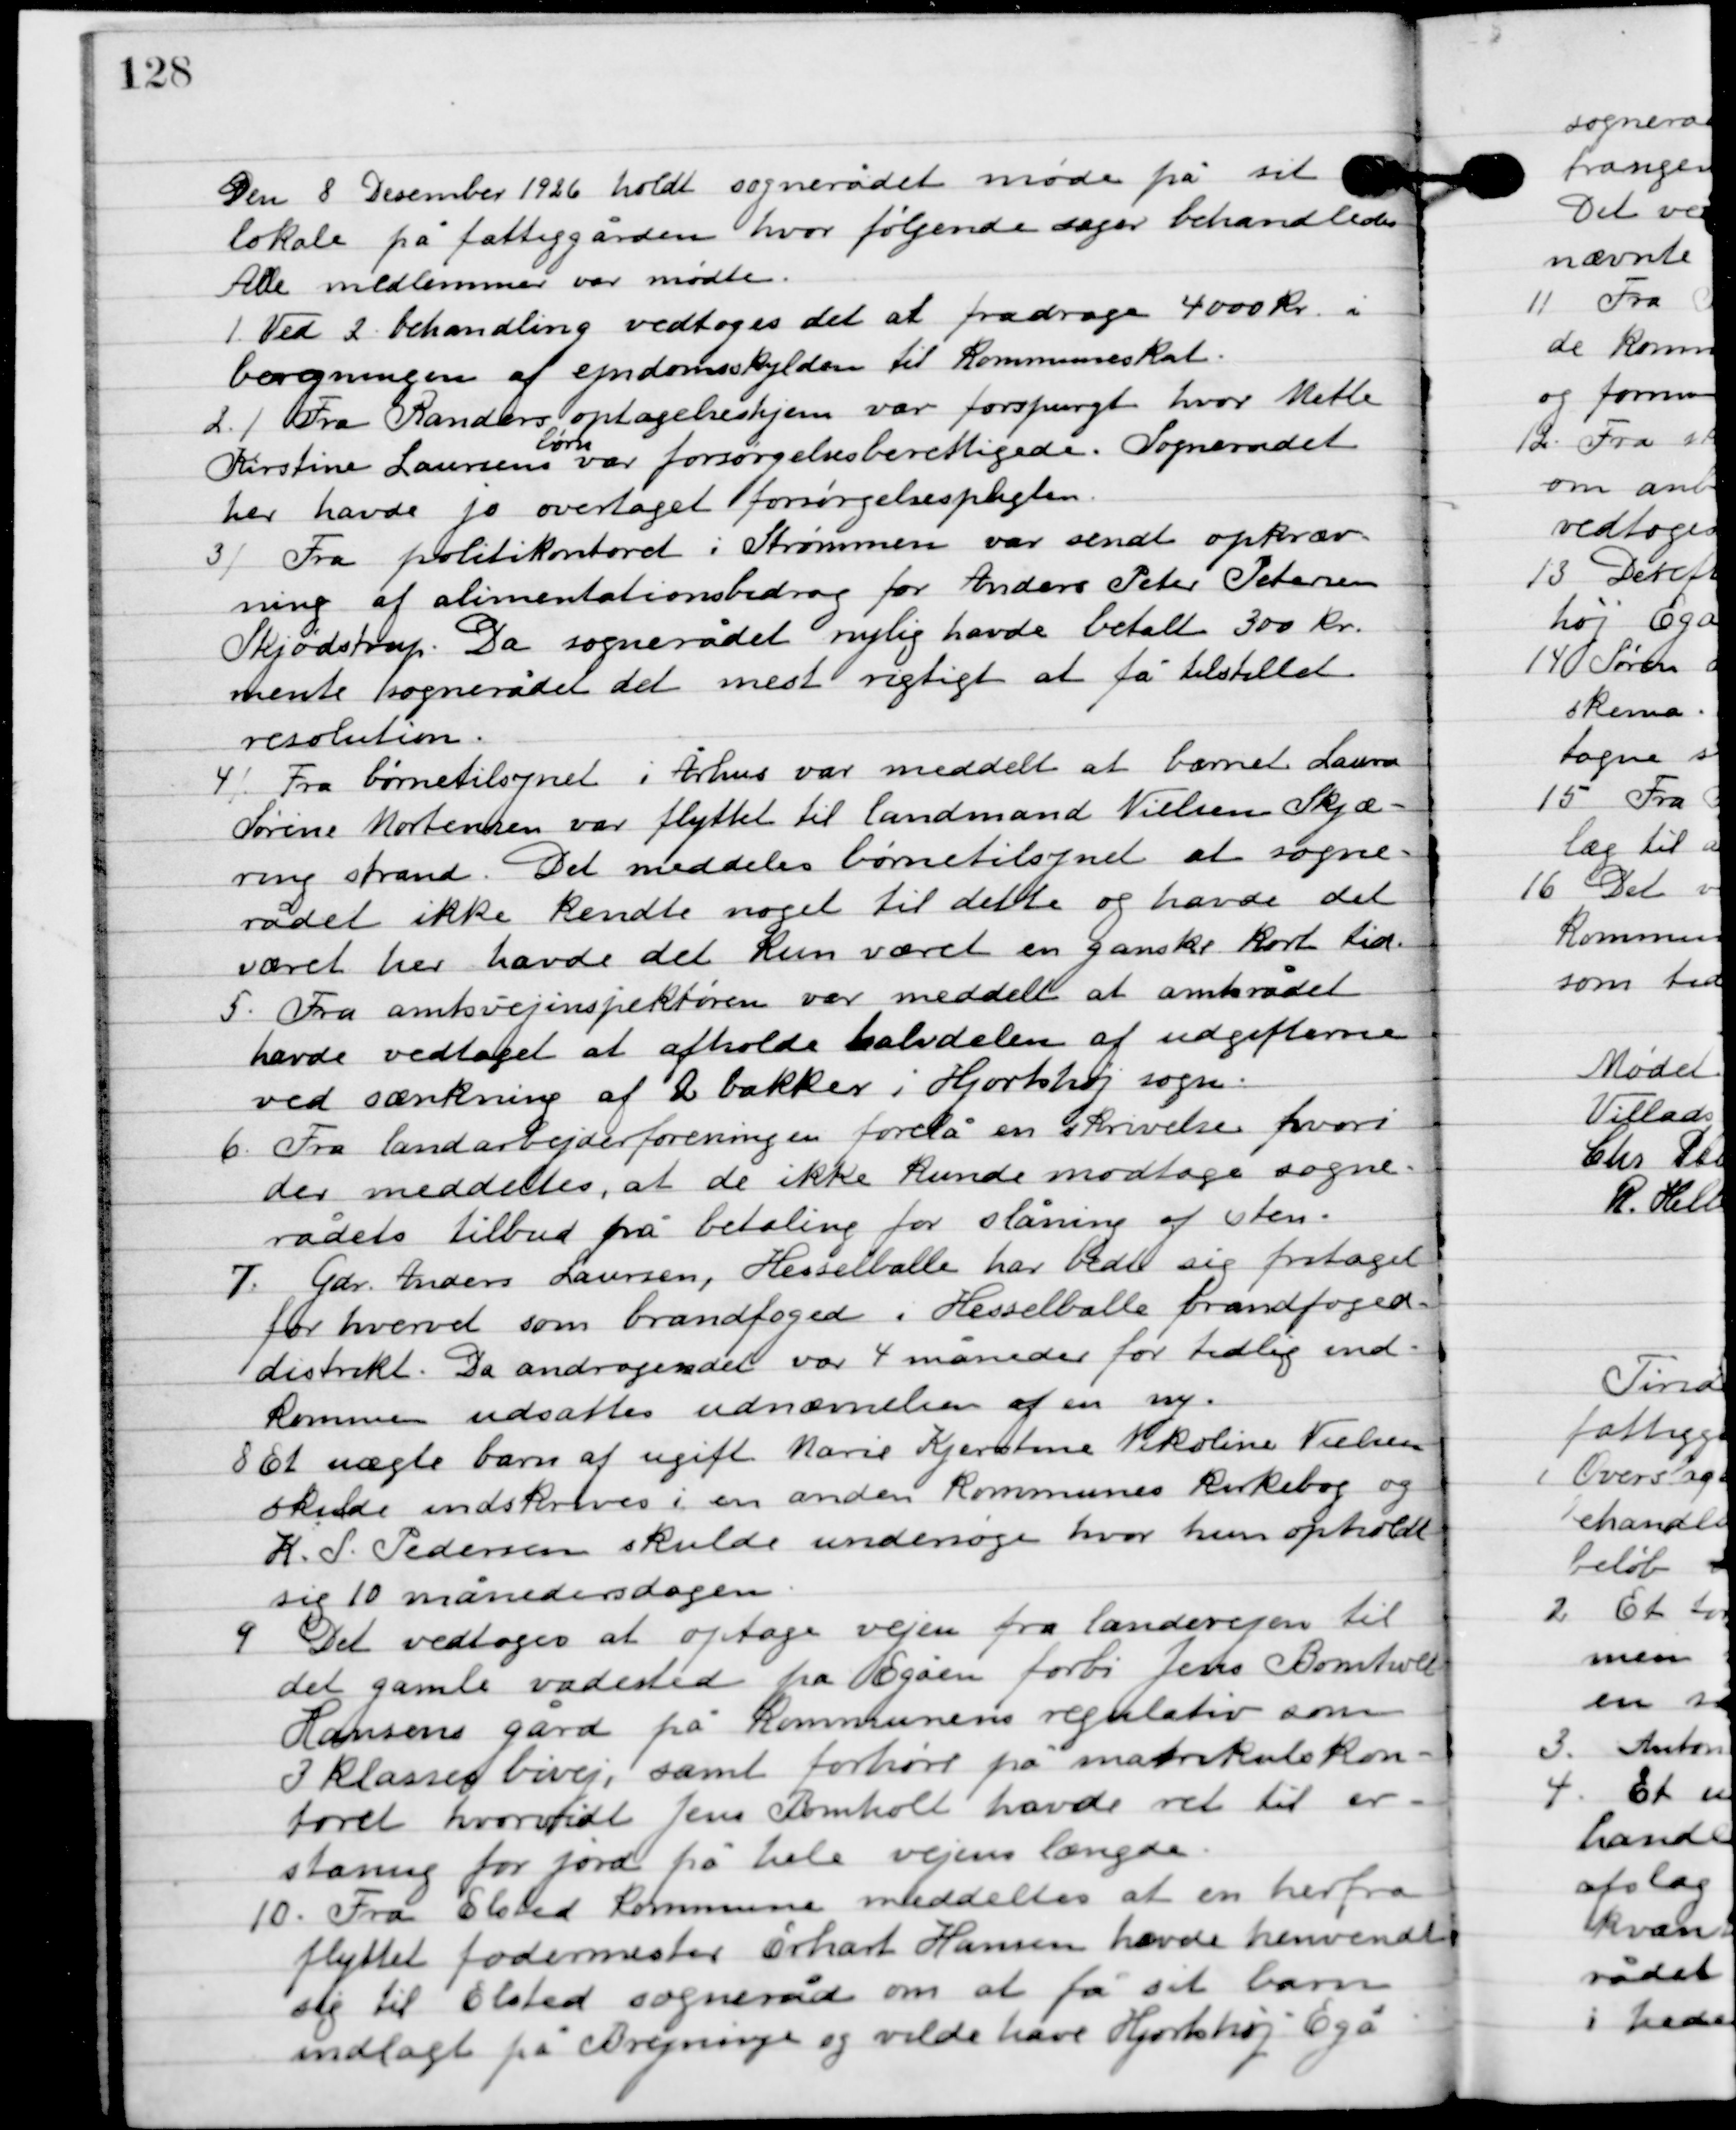
Transskription:
Den 8. December 1926 holdt sognerådet møde på sit lokale på fattiggården,
hvor følgende sager behandledes.
Alle medlemmer var mødte.

1

Ved 2. behandling vedtoges det at fradrage 4000 kr. i
beregningen af ejendomsskylden til kommuneskat.

2

Fra Randers optagelseshjem var forespurgt hvor Mette
Kirstine Laursens
børn
var forsørgelsesberettigede. Sognerådet
her havde jo overtaget forsørgelsespligten.

3

Fra politikontoret i Strømmen var sendt opkræv-
ning af alimentationsbidrag for Anders Peter Petersen
Skjødstrup. Da sognerådet nylig havde betalt 300 kr.
mente sognerådet det mest rigtigt at få tilstillet
resolution.

4

Fra børnetilsynet i Århus var meddelt at barnet Laura
Sørine Mortensen var flyttet til landmand Nielsen Skjæ-
ring strand. Det meddeltes børnetilsynet at sogne-
rådet ikke kendte noget til dette og havde det
 været her havde det kun været en ganske kort tid.

5

Fra amtsvejinspektøren var meddelt at amtsrådet
havde vedtaget at afholde halvdelen af udgifterne
ved sænkning af 2 bakker i Hjortshøj sogn.

6

Fra landarbejderforeningen forelå en skrivelse hvori
der meddeltes, at de ikke kunde modtage sogne-
rådets tilbud på betaling for slåning af sten.

7

Gdr. Anders Laursen, Hesselballe har bedt sig fritaget
for hvervet som brandfoged i Hesselballe brandfoged
distrikt. Da andragende var 4 måneder for tidlig ind-
kommen udsattes udnævnelsen af en ny.

8

Et uægte barn af ugift Marie Kjerstine Nikoline Nielsen
 skulde indskrives i en anden kommunes kirkebog og
K.S. Pedersen skulde undersøge hvor hun opholdt
sig 10 månedersdagen.

9

Det vedtoges at optage vejen fra landevejen til
det gamle vadested fra Egåen forbi Jens Bomholt
Hansens gård på kommunens regulativ som
3 klasses bivej, samt forhøre på matrikelskon-
toret hvorvidt Jens Bomholt havde ret til er-
statning for jord på hele vejens længde.

10

Fra Elsted kommune meddeltes at en herfra
flyttet fodermester Erhart Hansen havde henvendt
sig til Elsted sogneråd om at få sit barn
indlagt på Bregninge og vilde have Hjortshøj-Egå